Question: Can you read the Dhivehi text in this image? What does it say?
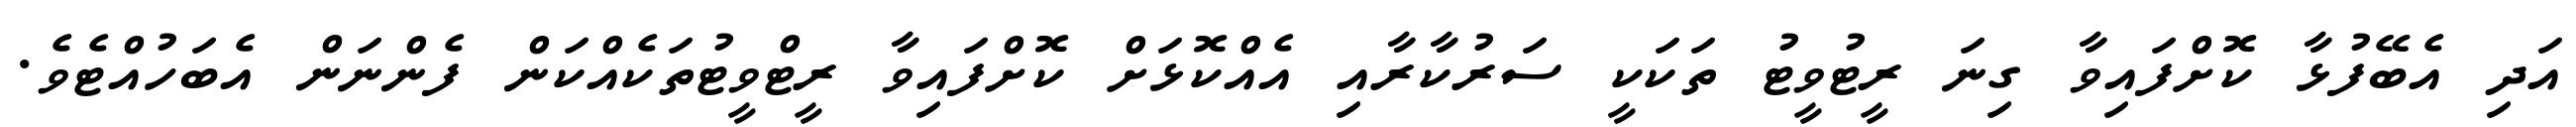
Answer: އަދި އެބޭފުޅާ ކޮށްފައިވާ ގިނަ ރީޓުވީޓު ތަކަކީ ސަރުކާރާއި އެއްކޮޅަށް ކޮށްފައިވާ ރީޓްވީޓުތަކެއްކަން ފެންނަން އެބަހުއްޓެވެ.